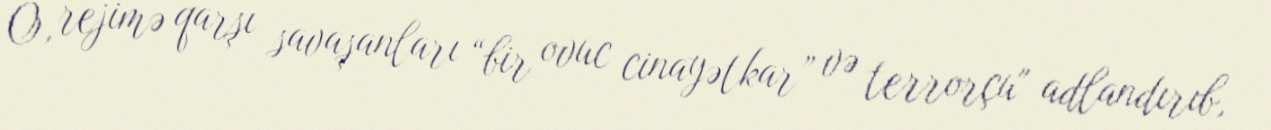
O, rejimə qarşı savaşanları “bir ovuc cinayətkar” və terrorçu" adlandırıb,